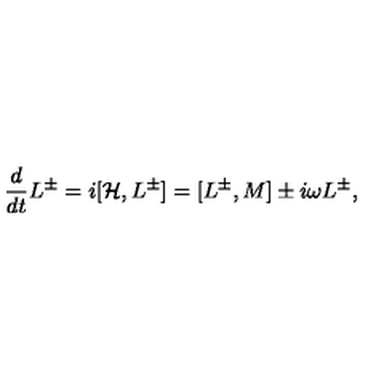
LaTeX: { \frac { d } { d t } } { L ^ { \pm } } = i [ { \cal H } , L ^ { \pm } ] = [ L ^ { \pm } , { M } ] \pm i \omega L ^ { \pm } ,